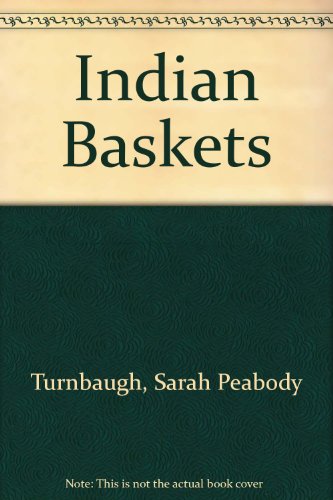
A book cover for Indian Baskets; Sarah Peabody Turnbaugh; Crafts, Hobbies & Home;